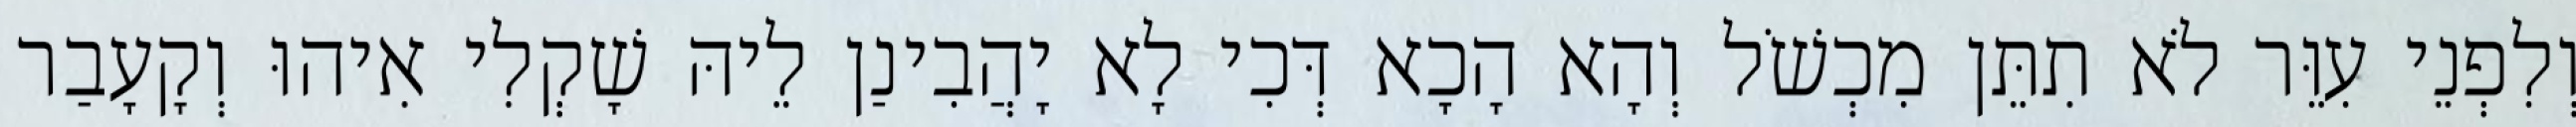
וְלִפְנֵי עִוֵּר לֹא תִתֵּן מִכְשֹׁל וְהָא הָכָא דְּכִי לָא יָהֲבִינַן לֵיהּ שָׁקְלִי אִיהוּ וְקָעָבַר